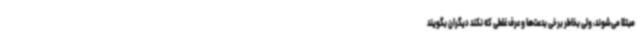
مبتلا می‌شوند، ولی بخاطر برخی بدعت‌ها و عرف غلطی که نکند دیگران بگویند